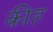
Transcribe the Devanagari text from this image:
कीह